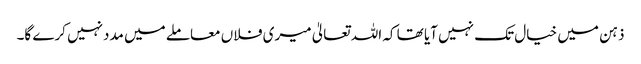
ذہن میں خیال تک نہیں آیا تھا کہ اللہ تعالیٰ میری فلاں معاملے میں مددنہیں کرے گا۔